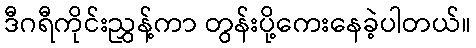
ဒီဂရီကိုင်းညွှန့်ကာ တွန်းပို့ကေးနေခဲ့ပါတယ်။